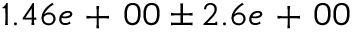
1 . 4 6 e \mathrm { ~ + ~ } 0 0 \pm 2 . 6 e \mathrm { ~ + ~ } 0 0